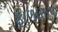
ફાળારૂપ